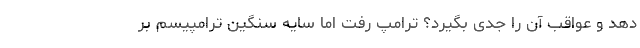
دهد و عواقب آن را جدی بگیرد؟ ترامپ رفت اما سايه سنگين ترامپيسم بر